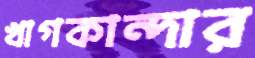
খাগকান্দার